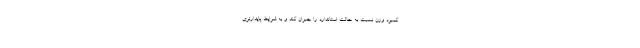
کمبود وزن نسبت به حالت استاندارد را جبران کند و به شرایط پایدارتری